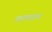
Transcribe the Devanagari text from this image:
वातसार